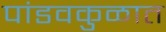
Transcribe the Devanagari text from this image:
पांडवकुळात